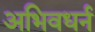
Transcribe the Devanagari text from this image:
अभिवधर्न